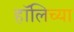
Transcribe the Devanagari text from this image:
हॉलिच्या